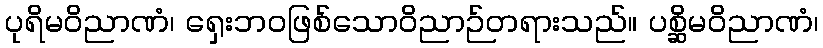
ပုရိမဝိညာဏံ၊ ရှေးဘဝဖြစ်သောဝိညာဉ်တရားသည်။ ပစ္ဆိမဝိညာဏံ၊